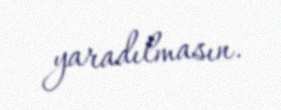
yaradılmasın.